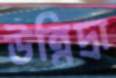
উন্নিদ্রা